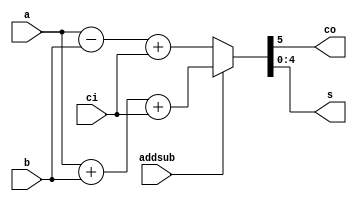
module adder (a, b, ci, addsub ,co, s);
  input [4:0] a, b;
  input ci,addsub;
  output co;
  output [4:0] s;
  assign {co, s} = (addsub==1) ? a + b + ci: a - b + ci;
endmodule